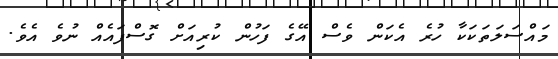
މައްސަލަތަކަކާ ހުރެ އެކަން ވެސް އޭގެ ފަހުން ކުރިއަށް ގޮސްފައެއް ނުވެ އެވެ.